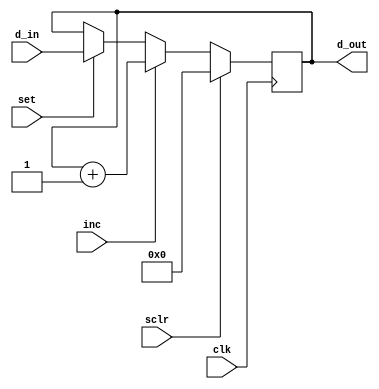
module C #(parameter Width = 8)
    (input clk, sclr, inc, set, input[Width-1:0] d_in, output reg[Width-1:0] d_out);

    always @(posedge clk) begin
        if(sclr == 1'b1)
            d_out <= 0;
        else if (inc)
            d_out <= d_out + 1;
        else if(set)
            d_out <= d_in;
    end 

endmodule


module counter_tb();
    reg clk, rst, inc, set;
    reg [7:0] in;
    wire [7:0] out;

    C #(8) cnt1(clk, rst, inc, set, in, out);

    initial begin // test bench for burst writing
        clk = 0;
        rst = 0;
        inc = 0;
        set = 0;
        #3 rst = 1;
        #9 rst = 0;
        #15 in = 8'd34;
        #5 inc = 1;
        #4 inc = 0;
        #16 inc = 1;
        #4 inc = 0;
        #23 set = 1;
        #4 set = 0;
        #11 set = 1;
        in = 32'd32;
        #4 set = 0;
        #100 $stop;
    end

    always begin
        #2 clk = ~clk;
    end
endmodule